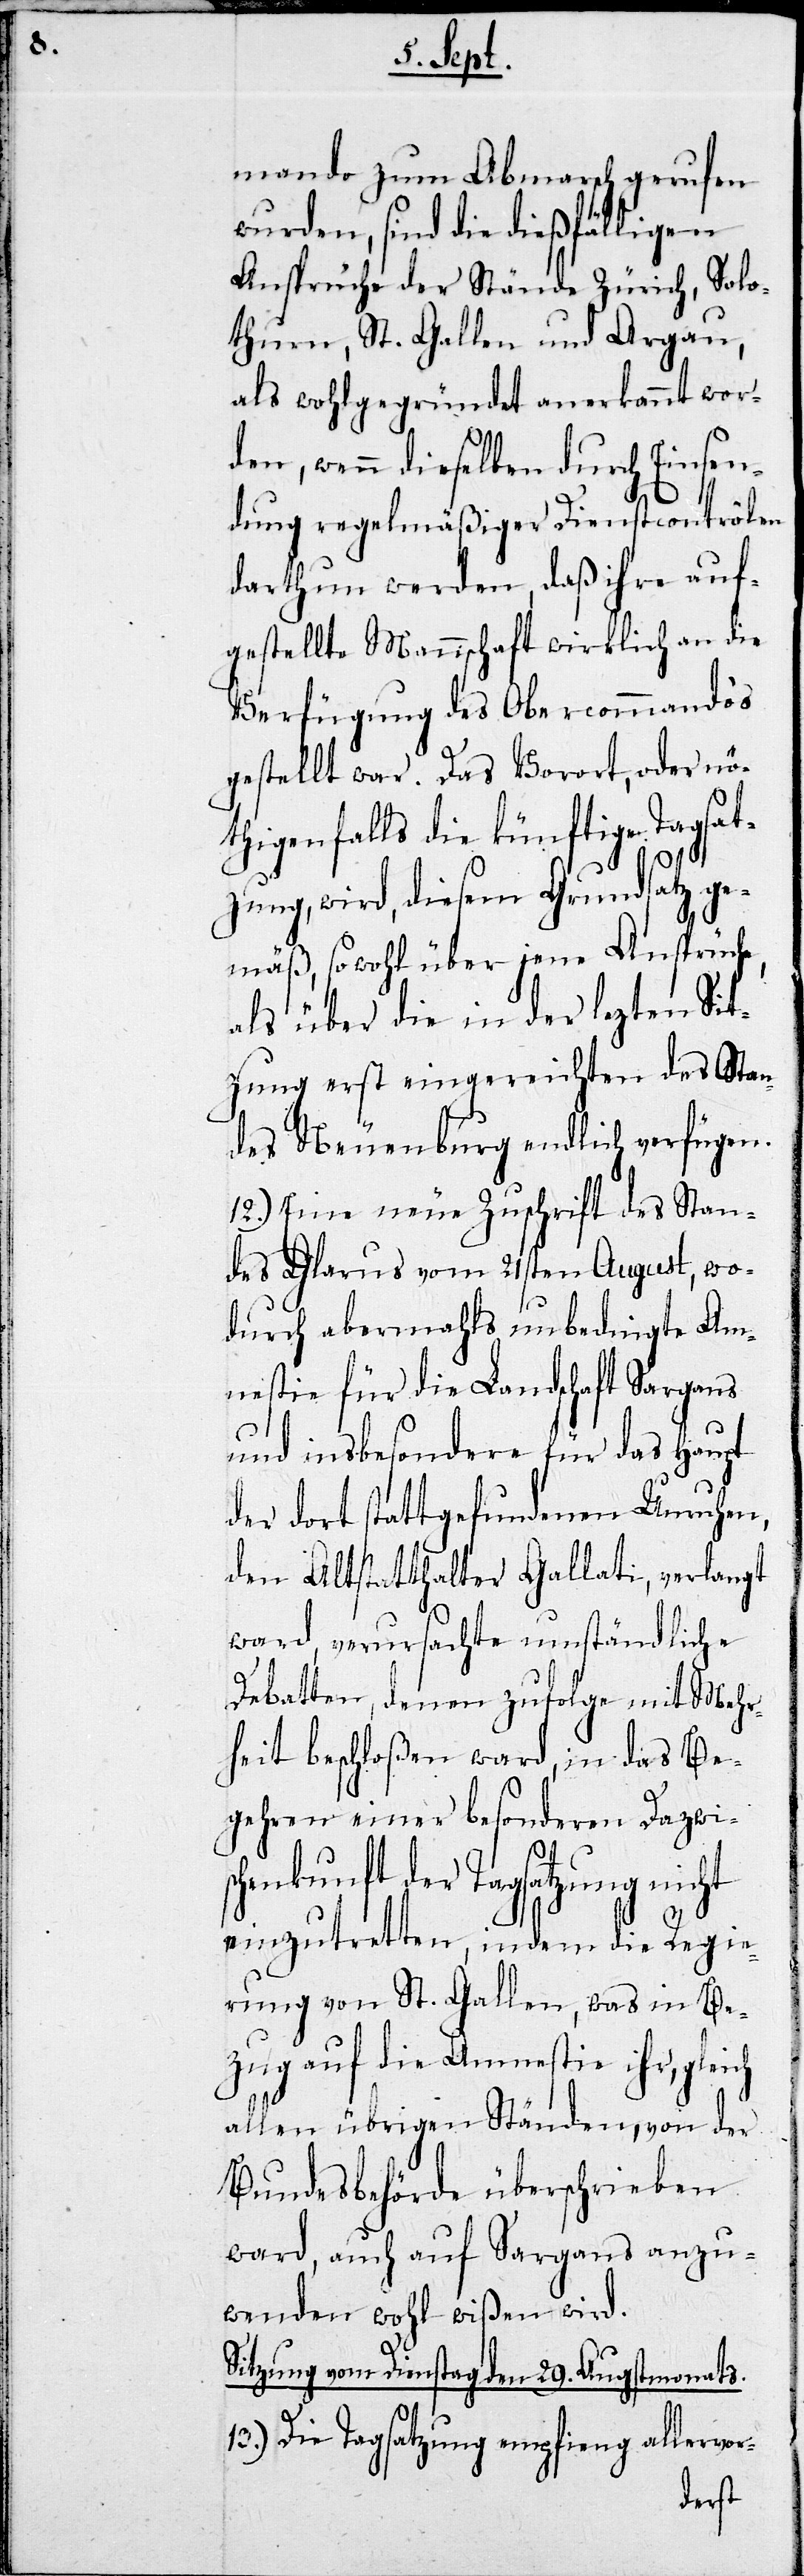
mando zum Abmarsch gerufen
wurden, sind die dießfälligen
Ansprüche der Stände Zürich, Solo¬
thurn, St. Gallen und Argau,
als wohlgegründet anerkannt wor¬
den, wenn dieselben durch Einsen¬
dung regelmäßiger Dienstcontrôlen
darthun werden, daß ihre auf¬
gestellte Mannschaft wirklich an die
Verfügung des Obercommando‘s
gestellt war. Das Vorort, oder nö¬
thigenfalls die künftige Tagsat¬
zung, wird, diesem Grundsatz ge¬
mäß, sowohl über jene Ansprüche,
als über die in der lezten Sit¬
zung erst eingereichten des Stan¬
des Neuenburg endlich verfügen.
12.) Eine neue Zuschrift des Stan¬
des Glarus vom 21sten August, wo¬
durch abermahls unbedingte Am¬
nestie für die Landschaft Sargans
und insbesondere für das Haupt
der dort stattgefundenen Unruhen,
den Altstatthalter Gallati, verlangt
ward, verursachte umständliche
Debatten, denen zufolge, mit Mehr¬
heit beschloßen ward, in das Be¬
gehren einer besonderen Dazwis¬
chenkunft der Tagsatzung nicht
einzutretten, indem die Regie¬
rung von St. Gallen, was in Be¬
zug auf die Amnestie ihr,
allen übrigen Ständen, von der
Bundesbehörde überschrieben
ward, auch auf Sargans anzu¬
wenden wohl wißen wird.
Sitzung vom Dienstag den 29sten Augstmonats.
13.) Die Tagsatzung empfieng allervor-